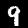
Digit: 9